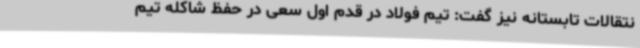
نتقالات تابستانه نیز گفت:‌ تیم فولاد در قدم اول سعی در حفظ شاکله تیم